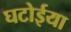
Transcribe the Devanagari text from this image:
घटोईया